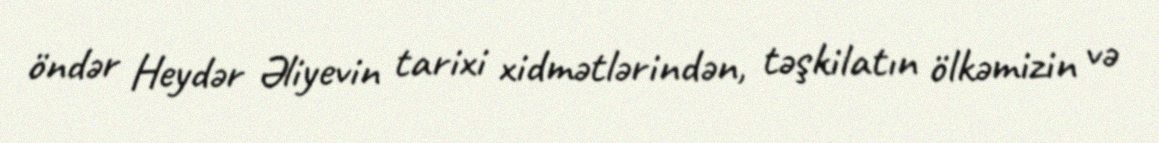
öndər Heydər Əliyevin tarixi xidmətlərindən, təşkilatın ölkəmizin və